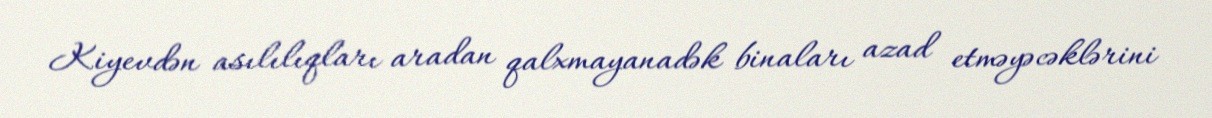
Kiyevdən asılılıqları aradan qalxmayanadək binaları azad etməyəcəklərini